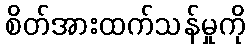
စိတ်အားထက်သန်မှုကို